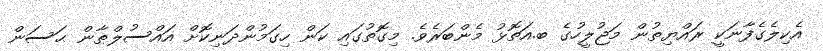
އެކިލެގެފާނަކީ ރައްޔިތުން މަޖުލީހުގެ ބ.އަތޮޅު މެންބަރެވެ. މިގޮތުގައި ކަން ހިގަމުންދަނިކޮށް އައްސުލްޠާން ޙަސަން